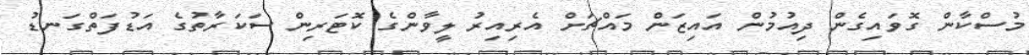
މުސްކާން ގޮވައިގެން ދިއުމުން އައިޒަން މައްޗަށް އެރިއިރު ލީވާންގެ ކޮޓަރިން ސަކަރާތުގެ އަޑުފަތްގަނޑު